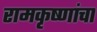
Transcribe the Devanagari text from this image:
रामकृष्णांचा